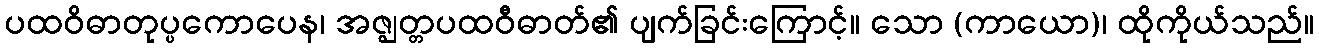
ပထဝိဓာတုပ္ပကောပေန၊ အဇ္ဈတ္တပထဝီဓာတ်၏ ပျက်ခြင်းကြောင့်။ သော (ကာယော)၊ ထိုကိုယ်သည်။